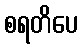
စရတိပေ